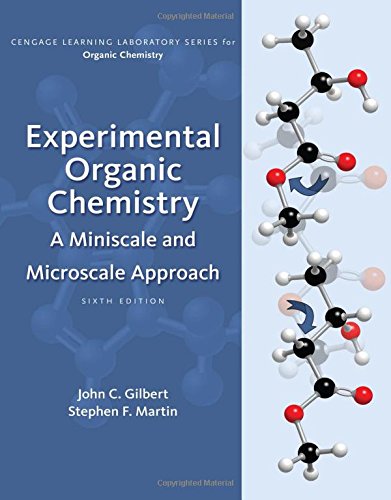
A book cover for Experimental Organic Chemistry: A Miniscale & Microscale Approach (Cengage Learning Laboratory Series for Organic Chemistry); John C. Gilbert; Science & Math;